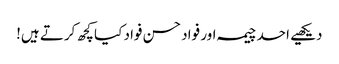
دیکھیے احد چیمہ اور فواد حسن فواد کیا کچھ کرتے ہیں!